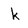
Character: k